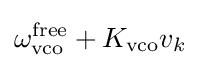
\omega _{\rm {vco}}^{\text{free}}+K_{\rm {vco}}v_{k}